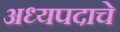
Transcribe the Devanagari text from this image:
अध्यपदाचे